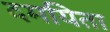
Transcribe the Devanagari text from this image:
दमयिता